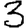
Digit: 3